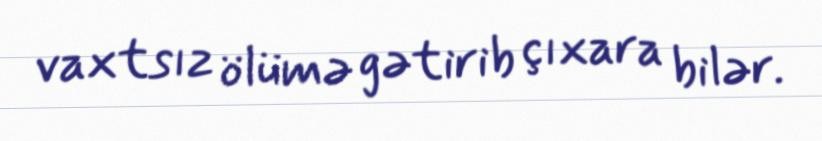
vaxtsız ölümə gətirib çıxara bilər.